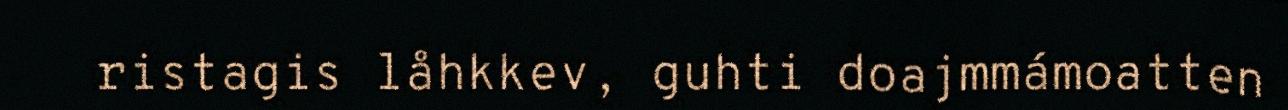
ristagis låhkkev, guhti doajmmámoatten